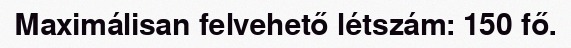
Maximálisan felvehető létszám: 150 fő.